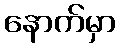
နောက်မှာ